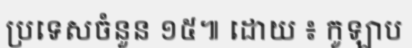
ប្រទេសចំនួន ១៥៕ ដោយ ៖ កូឡាប